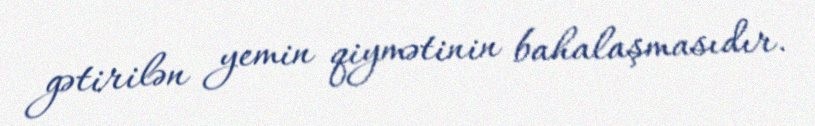
gətirilən yemin qiymətinin bahalaşmasıdır.